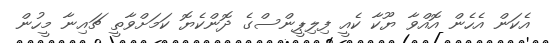
އެކަން އެހެން އޮއްވާ ޔޫކާ ކެއީ ފިލިޕީންސްގެ ދޮންކެޔޮ ކަމަށްވާތީ ޗައިނާ މީހުން